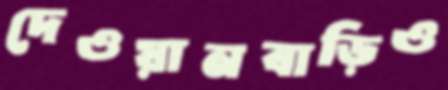
দেওয়ানবাড়িও